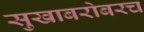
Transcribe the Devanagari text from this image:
सुखाबरोबरच